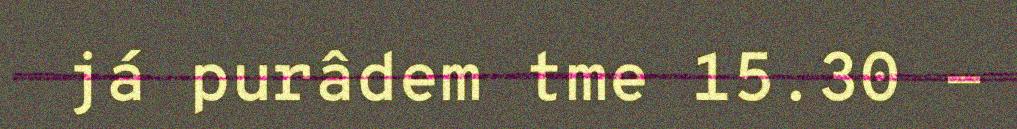
já purâdem tme 15.30 -